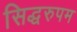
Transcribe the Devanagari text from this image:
सिद्धरुपम